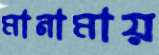
মানামায়